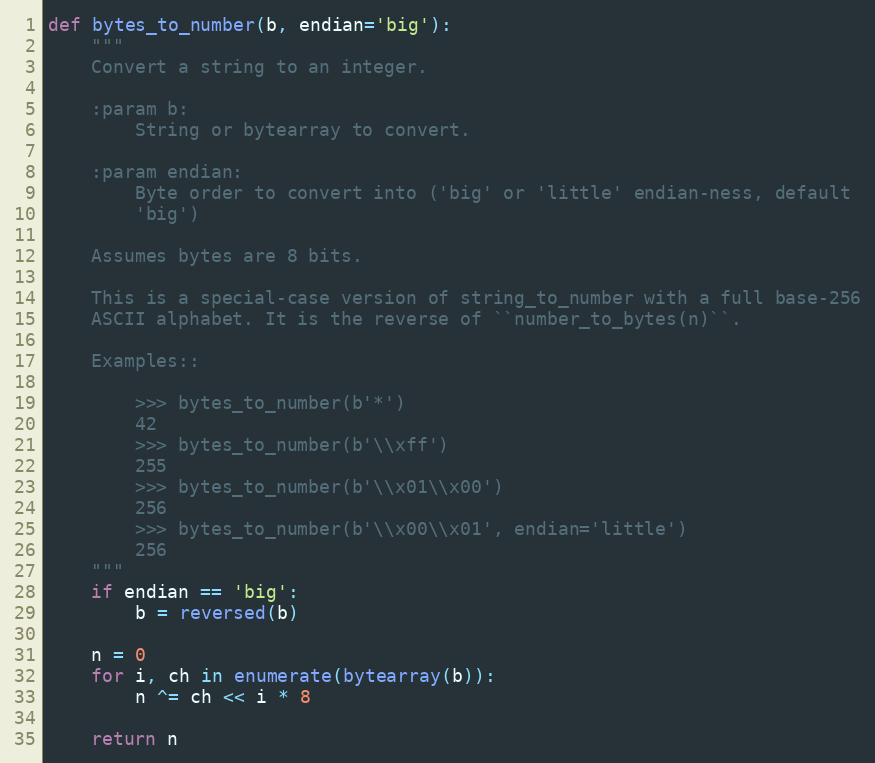
Language: Python
def bytes_to_number(b, endian='big'):
    """
    Convert a string to an integer.

    :param b:
        String or bytearray to convert.

    :param endian:
        Byte order to convert into ('big' or 'little' endian-ness, default
        'big')

    Assumes bytes are 8 bits.

    This is a special-case version of string_to_number with a full base-256
    ASCII alphabet. It is the reverse of ``number_to_bytes(n)``.

    Examples::

        >>> bytes_to_number(b'*')
        42
        >>> bytes_to_number(b'\\xff')
        255
        >>> bytes_to_number(b'\\x01\\x00')
        256
        >>> bytes_to_number(b'\\x00\\x01', endian='little')
        256
    """
    if endian == 'big':
        b = reversed(b)

    n = 0
    for i, ch in enumerate(bytearray(b)):
        n ^= ch << i * 8

    return n